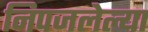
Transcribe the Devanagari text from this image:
निपजलेल्या